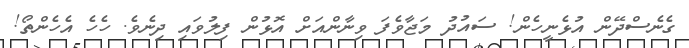
ގެނެސްދޭން އުޅެނީހެން! ސައުދު މަޖާވެފަ ވިނާންއަށް އޮޅުން ފިލުވައި ދިނެވެ. ހެހެ އެހެންތޯ!